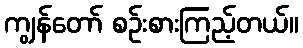
ကျွန်တော် စဉ်းစားကြည့်တယ်။